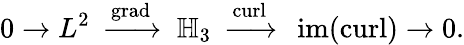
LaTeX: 0\to L^{2}\; \; {\xrightarrow{\operatorname{grad}}}\; \; \mathbb{H}_{3}\; \; {\xrightarrow{\operatorname{curl}}}\; \; \operatorname{im}(\operatorname{curl})\to 0.